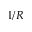
1 / R